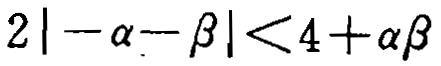
\(2|-\alpha - \beta|<4+\alpha\beta\)